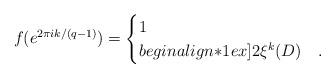
LaTeX: \begin{align*}f(e^{2\pi ik/(q-1)})=\begin{cases}1 & \\begin{align*}1ex]2\xi^k(D) & .\end{cases}\end{align*}